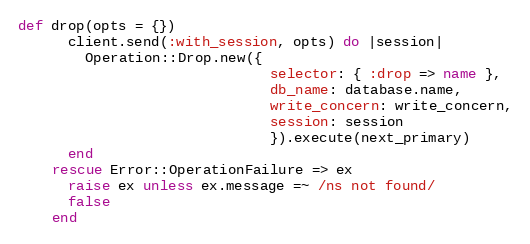
Language: Ruby
def drop(opts = {})
      client.send(:with_session, opts) do |session|
        Operation::Drop.new({
                              selector: { :drop => name },
                              db_name: database.name,
                              write_concern: write_concern,
                              session: session
                              }).execute(next_primary)
      end
    rescue Error::OperationFailure => ex
      raise ex unless ex.message =~ /ns not found/
      false
    end